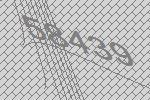
58439